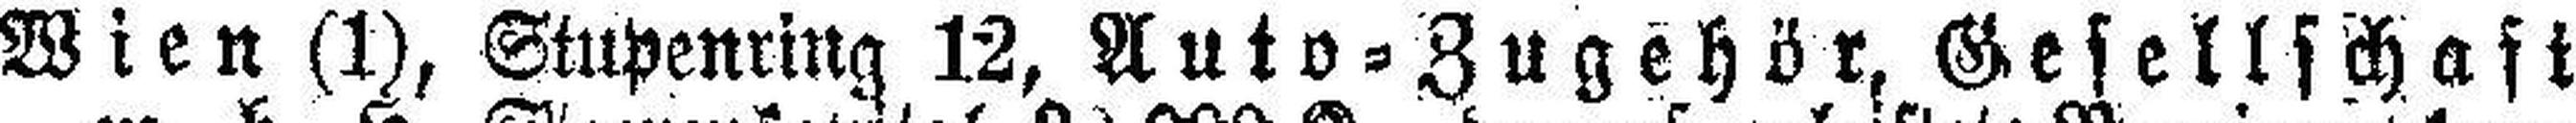
Wien (1), Stupenring 12, Auto=Zugehör, Gesellschaft